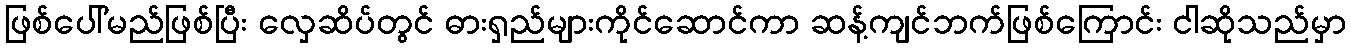
ဖြစ်ပေါ်မည်ဖြစ်ပြီး လှေဆိပ်တွင် ဓားရှည်များကိုင်ဆောင်ကာ ဆန့်ကျင်ဘက်ဖြစ်ကြောင်း ငါဆိုသည်မှာ